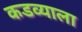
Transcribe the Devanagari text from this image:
कडव्याला